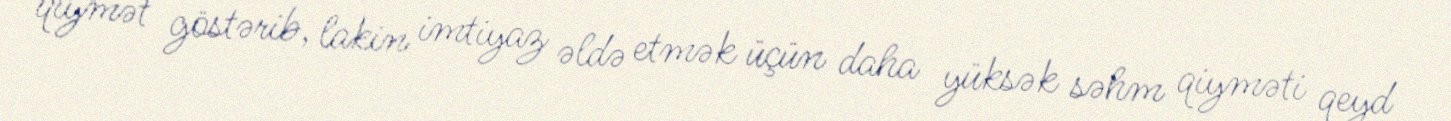
qiymət göstərib, lakin imtiyaz əldə etmək üçün daha yüksək səhm qiyməti qeyd